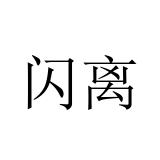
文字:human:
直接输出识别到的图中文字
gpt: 闪离